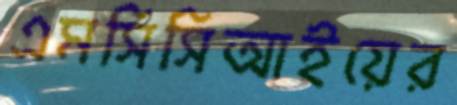
এমসিসিআইয়ের